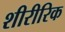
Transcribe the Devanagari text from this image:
शीरीरिक